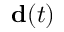
\mathbf { d } ( t )